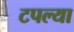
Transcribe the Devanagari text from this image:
टपल्या